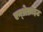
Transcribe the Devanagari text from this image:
एन्थ्रेसाइट